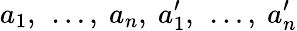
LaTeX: a_{1}{\mathrm{,~}}\ldots{}{\mathrm{,~}}a_{n}{\mathrm{,~}}a_{1}^{\prime}{\mathrm{,~}}\ldots{}{\mathrm{,~}}a_{n}^{\prime}